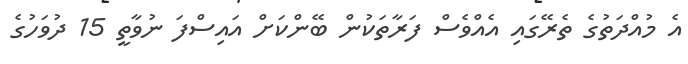
އެ މުއްދަތުގެ ތެރޭގައި އެއްވެސް ފަރާތަކުން ބޭންކަށް އައިސްފަ ނުވާތީ 15 ދުވަހުގެ